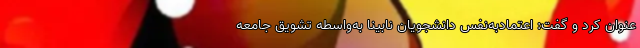
عنوان کرد و گفت: اعتمادبه‌نفس دانشجویان نابینا به‌واسطه تشویق جامعه